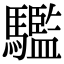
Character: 𩦹